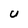
Character: U